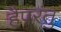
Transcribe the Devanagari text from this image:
हैपरंतु